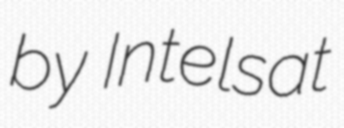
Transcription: by Intelsat